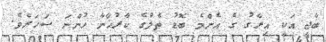
ބާޖީ އަކީ އިރާގު ގެ އެންމެ ބޮޑު ތެލުގެ ކާރުޚާނާ ހުންނަ ސަހަރެވެ.